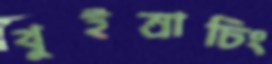
থুইম্রাচিং